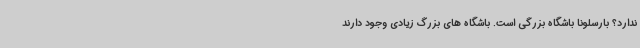
ندارد؟ بارسلونا باشگاه بزرگی است. باشگاه های بزرگ زیادی وجود دارند